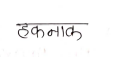
मजकूर: हकनाक